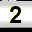
Digit: 2